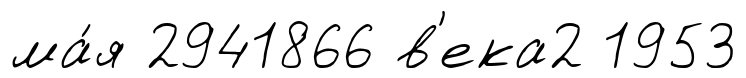
ма́я 2941866 в'ека2 1953